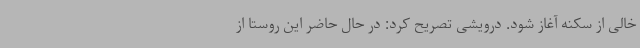
خالی از سکنه آغاز شود. درویشی تصریح کرد: در حال حاضر این روستا از